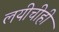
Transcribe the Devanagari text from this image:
लयीचीही